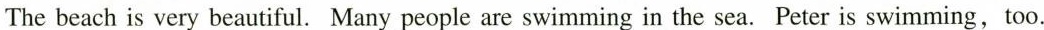
The beach is very beautiful. Many people are swimming in the sea. Peter is swimming,too.